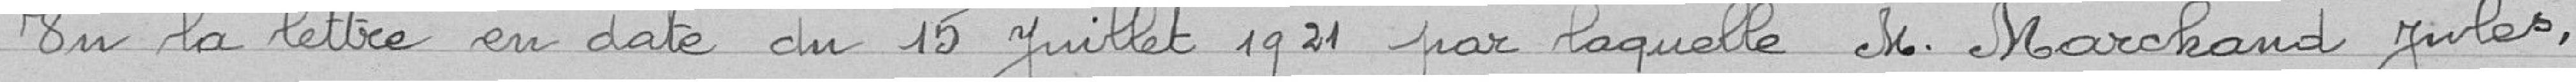
Vu la lettre en date du 15 juillet 1921 par laquelle Monsieur Marchand Jules,